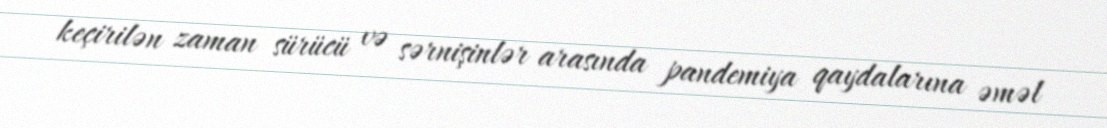
keçirilən zaman sürücü və sərnişinlər arasında pandemiya qaydalarına əməl